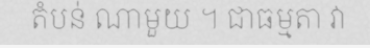
តំបន់ ណាមួយ ។ ជាធម្មតា វា